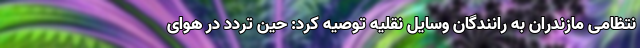
نتظامی مازندران به رانندگان وسایل نقلیه توصیه کرد: حین تردد در هوای